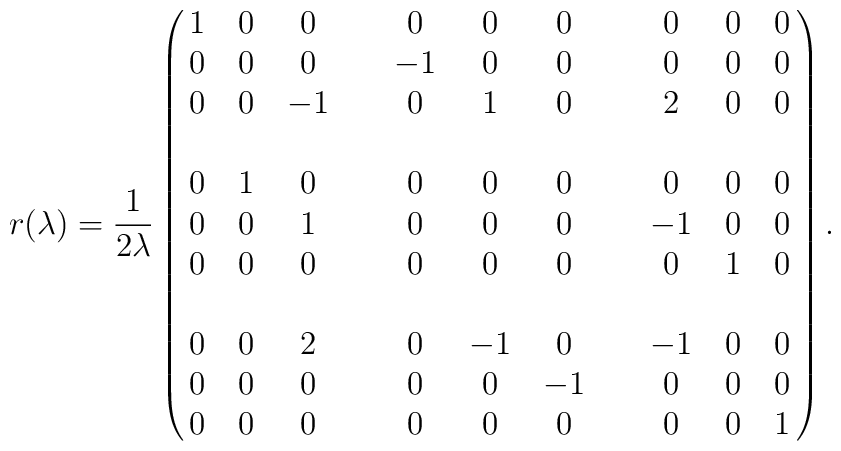
r(\lambda) = {1\over{2\lambda}}\pmatrix{1&0&0&&0&0&0&&0&0&0\cr0&0&0&&-1&0&0&&0&0&0\cr 0&0&-1&&0&1&0&&2&0&0\cr\cr0&1&0&&0&0&0&&0&0&0\cr0&0&1&&0&0&0&&-1&0&0\cr 0&0&0&&0&0&0&&0&1&0\cr\cr0&0&2&&0&-1&0&&-1&0&0\cr0&0&0&&0&0&-1&&0&0&0\cr 0&0&0&&0&0&0&&0&0&1\cr}.